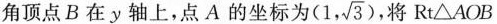
角顶点B在y轴上，点A的坐标为( (1, \sqrt{3})，将Rt△AOB